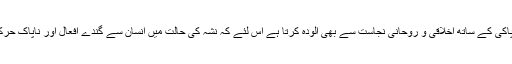
نشہ انسان کو ظاہری ناپاکی کے ساتھ اخلاقی و روحانی نجاست سے بھی آلودہ کرتا ہے اس لئے کہ نشہ کی حالت میں انسان سے گندے افعال اور ناپاک حرکتوں کا صدور ہوتا ہے۔